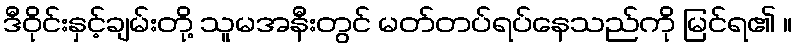
ဒီဝိုင်းနှင့်ချမ်းတို့ သူမအနီးတွင် မတ်တပ်ရပ်နေသည်ကို မြင်ရ၏ ။